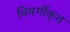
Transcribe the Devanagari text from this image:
विवर्गीकृत